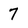
Character: 7